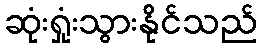
ဆုံးရှုံးသွားနိုင်သည်